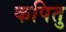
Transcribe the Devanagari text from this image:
कपितु